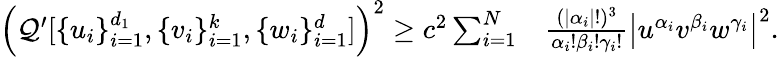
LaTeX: \begin{array}{rl}{\left(\mathcal{Q}^{\prime}[\{ u_{i}\} _{i=1}^{d_{1}},\{ v_{i}\} _{i=1}^{k},\{ w_{i}\} _{i=1}^{d}]\right)^{2}\geq c^{2}\sum_{i=1}^{N}}&{\frac{(|\alpha_{i}|!)^{3}}{\alpha_{i}!\beta_{i}!\gamma_{i}!}\left|u^{\alpha_{i}}v^{\beta_{i}}w^{\gamma_{i}}\right|^{2}.}\end{array}